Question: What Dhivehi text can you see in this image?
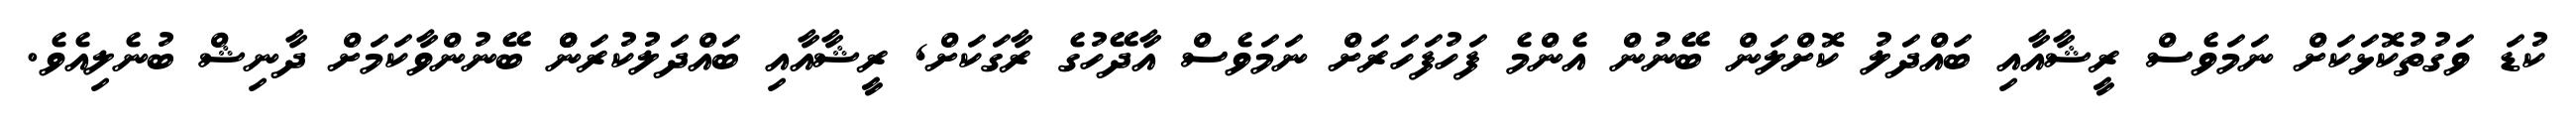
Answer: ކުޑަ ވަގުތުކޮޅަކަށް ނަމަވެސް ރީޝާއާއި ބައްދަލު ކޮށްލަން ބޭނުން އެންމެ ފަހުފަހަރަށް ނަމަވެސް އާދޭހުގެ ރާގަކަށް, ރީޝާއާއި ބައްދަލުކުރަންް ބޭނުންވާކަމަށް ދާނިޝް ބުނެލިއެވެ.